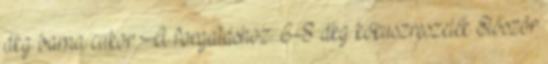
dkg barna cukor A forgatáshoz: 6-8 dkg kókuszreszelék Először